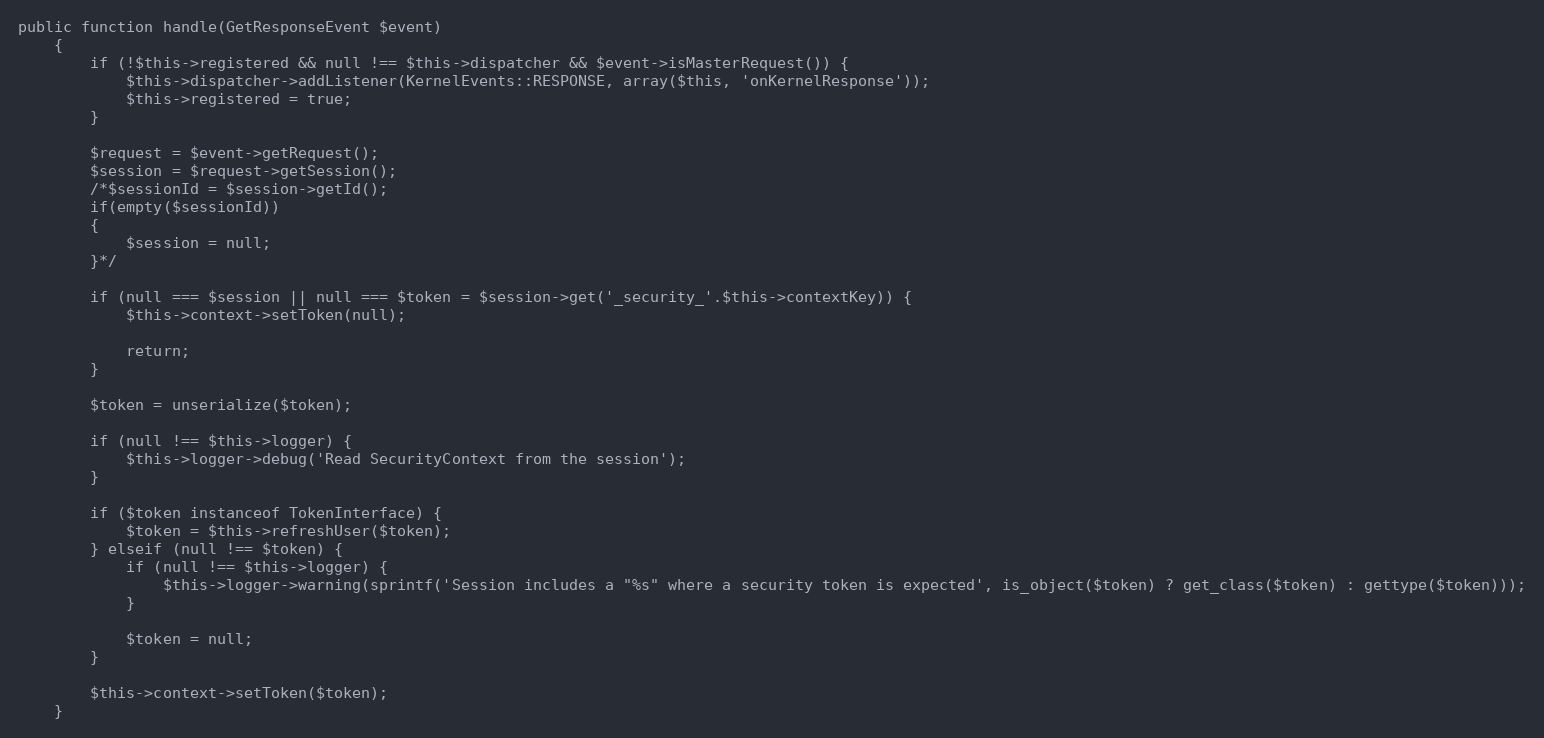
Language: PHP
public function handle(GetResponseEvent $event)
    {
        if (!$this->registered && null !== $this->dispatcher && $event->isMasterRequest()) {
            $this->dispatcher->addListener(KernelEvents::RESPONSE, array($this, 'onKernelResponse'));
            $this->registered = true;
        }

        $request = $event->getRequest();
        $session = $request->getSession();
        /*$sessionId = $session->getId();
        if(empty($sessionId))
        {
            $session = null;
        }*/

        if (null === $session || null === $token = $session->get('_security_'.$this->contextKey)) {
            $this->context->setToken(null);

            return;
        }

        $token = unserialize($token);

        if (null !== $this->logger) {
            $this->logger->debug('Read SecurityContext from the session');
        }

        if ($token instanceof TokenInterface) {
            $token = $this->refreshUser($token);
        } elseif (null !== $token) {
            if (null !== $this->logger) {
                $this->logger->warning(sprintf('Session includes a "%s" where a security token is expected', is_object($token) ? get_class($token) : gettype($token)));
            }

            $token = null;
        }

        $this->context->setToken($token);
    }